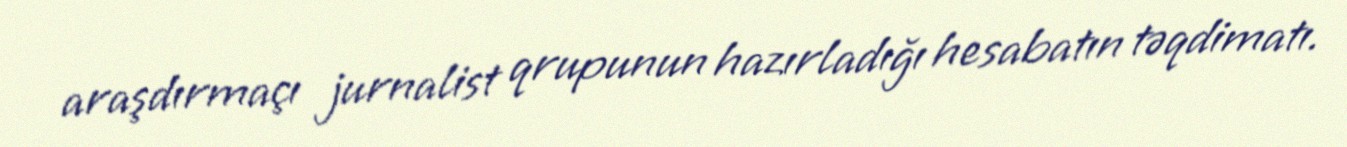
araşdırmaçı jurnalist qrupunun hazırladığı hesabatın təqdimatı.